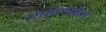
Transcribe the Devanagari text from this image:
एप्पलमैन